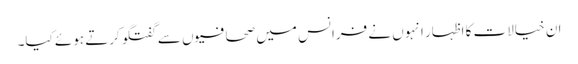
ان خیالات کا اظہار انہوں نے فرانس میں صحافیوں سے گفتگو کرتے ہوئے کیا۔